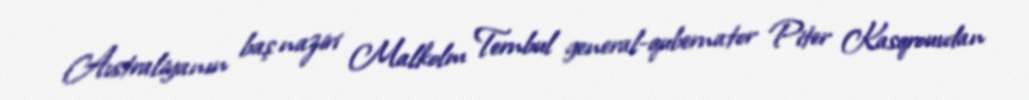
Avstraliyanın baş naziri Malkolm Ternbul general-qubernator Piter Kasqrouvdan